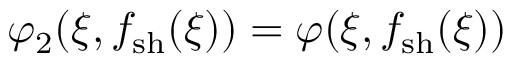
\varphi _ { 2 } ( \xi , f _ { \mathrm { s h } } ( \xi ) ) = \varphi ( \xi , f _ { \mathrm { s h } } ( \xi ) )